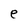
Character: e